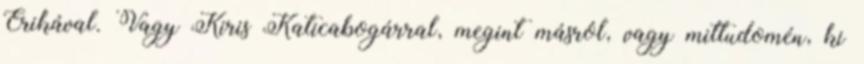
Erikával. Vagy Kiris Katicabogárral, megint másról, vagy mittudomén, ki